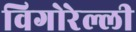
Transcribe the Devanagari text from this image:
विगोरेल्ली